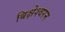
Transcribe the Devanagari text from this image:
बिक्षेश्वरन